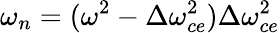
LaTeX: \omega_{n}=(\omega^{2}-\Delta\omega_{ce}^{2})\Delta\omega_{ce}^{2}